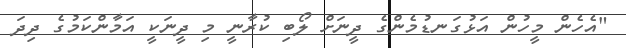
"އެހެން މީހުން އަޅުގަނޑުމެންގެ ދީނަށް ލޯބި ކުރާނީ މި ދީނަކީ އަމާންކަމުގެ ދިދަ